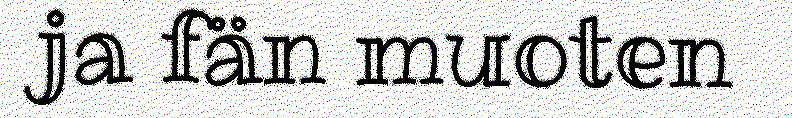
ja fän muoten